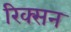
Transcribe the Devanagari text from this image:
रिक्सन